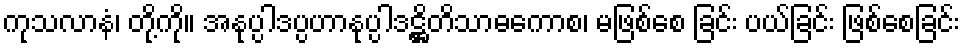
ကုသလာနံ၊ တို့ကို။ အနုပ္ပါဒပ္ပဟာနုပ္ပါဒဋ္ဌိတိသာဓကောစ၊ မဖြစ်စေ ခြင်း ပယ်ခြင်း ဖြစ်စေခြင်း